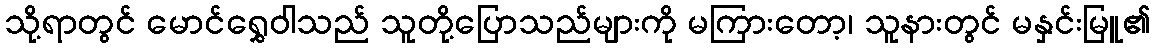
သို့ရာတွင် မောင်ရွှေဝါသည် သူတို့ပြောသည်များကို မကြားတော့၊ သူနားတွင် မနှင်းမြူ၏